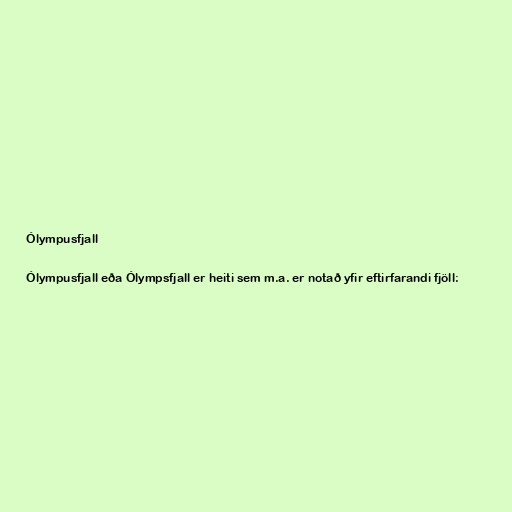
Ólympusfjall

Ólympusfjall eða Ólympsfjall er heiti sem m.a. er notað yfir eftirfarandi fjöll: